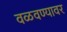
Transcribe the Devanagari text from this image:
वळवण्यावर